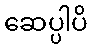
ဆေပ္ပါပိ